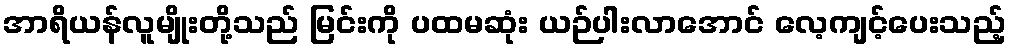
အာရိယန်လူမျိုးတို့သည် မြင်းကို ပထမဆုံး ယဉ်ပါးလာအောင် လေ့ကျင့်ပေးသည့်